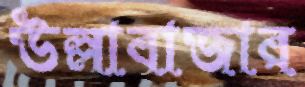
উল্লাবাজার